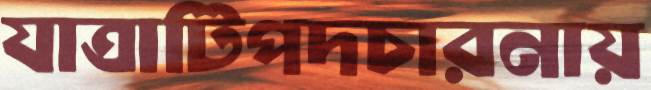
যাত্রাটিপদচারনায়